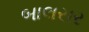
બાલસર